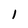
Character: 1